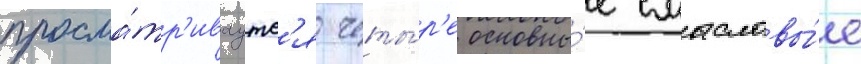
просма́тр'иваутс'я четы́р'е основны́е смысловы́е